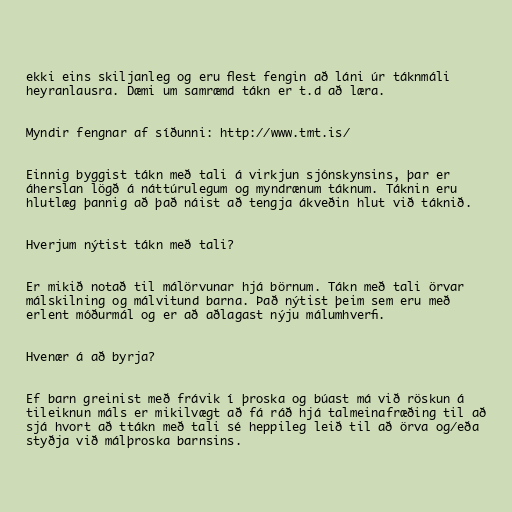
ekki eins skiljanleg og eru flest fengin að láni úr táknmáli
heyranlausra. Dæmi um samræmd tákn er t.d að læra.

Myndir fengnar af síðunni: http://www.tmt.is/

Einnig byggist tákn með tali á virkjun sjónskynsins, þar er
áherslan lögð á náttúrulegum og myndrænum táknum. Táknin eru
hlutlæg þannig að það náist að tengja ákveðin hlut við táknið.

Hverjum nýtist tákn með tali?

Er mikið notað til málörvunar hjá börnum. Tákn með tali örvar
málskilning og málvitund barna. Það nýtist þeim sem eru með
erlent móðurmál og er að aðlagast nýju málumhverfi.

Hvenær á að byrja?

Ef barn greinist með frávik í þroska og búast má við röskun á
tileiknun máls er mikilvægt að fá ráð hjá talmeinafræðing til að
sjá hvort að ttákn með tali sé heppileg leið til að örva og/eða
styðja við málþroska barnsins.